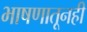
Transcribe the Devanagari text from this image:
भाषणातूनही